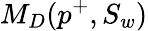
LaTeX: M_{D}(p^{+},S_{w})